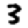
Digit: 3